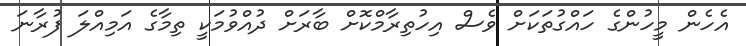
އެހެން މީހުންގެ ހައްގުތަކަށް ވެސް އިހުތިރާމްކޮށް ބާރަށް ދުއްވުމަކީ ތިމާގެ އަމިއްލަ ފުރާނަ